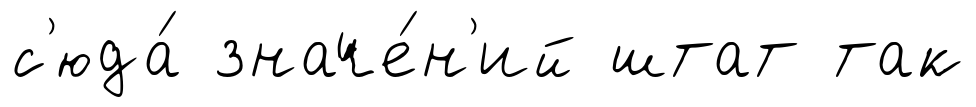
с'юда́ значе́н'ий штат так